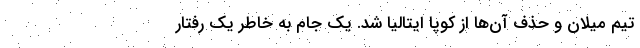
تیم میلان و حذف آن‌ها از کوپا ایتالیا شد. یک جام به خاطر یک رفتار